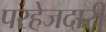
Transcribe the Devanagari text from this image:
परहेजदारी